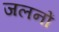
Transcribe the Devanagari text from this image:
जलनों